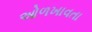
ઓળખાવતા